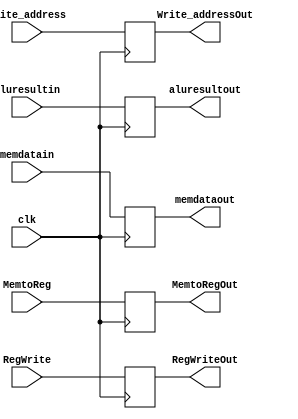
module MEMWBRegister(MemtoRegOut ,RegWriteOut,Write_addressOut,aluresultout,memdataout,clk,MemtoReg,RegWrite,Write_address,
aluresultin,memdatain);
	input clk,MemtoReg,RegWrite;
	input [4:0] Write_address;
	input [31:0] aluresultin, memdatain;
	output reg MemtoRegOut ,RegWriteOut;
	output reg [4:0] Write_addressOut;
	output reg [31:0] aluresultout, memdataout;

always @ (posedge clk) begin
	MemtoRegOut<=MemtoReg;
    RegWriteOut<=RegWrite;
    Write_addressOut<=Write_address;
	aluresultout = aluresultin;
	memdataout = memdatain;
end

endmodule